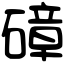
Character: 𥕞